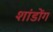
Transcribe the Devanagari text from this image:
शांडोंग